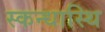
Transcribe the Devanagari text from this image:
स्कन्धास्थि